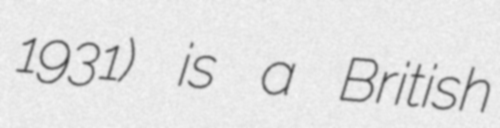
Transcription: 1931) is a British